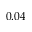
0 . 0 4